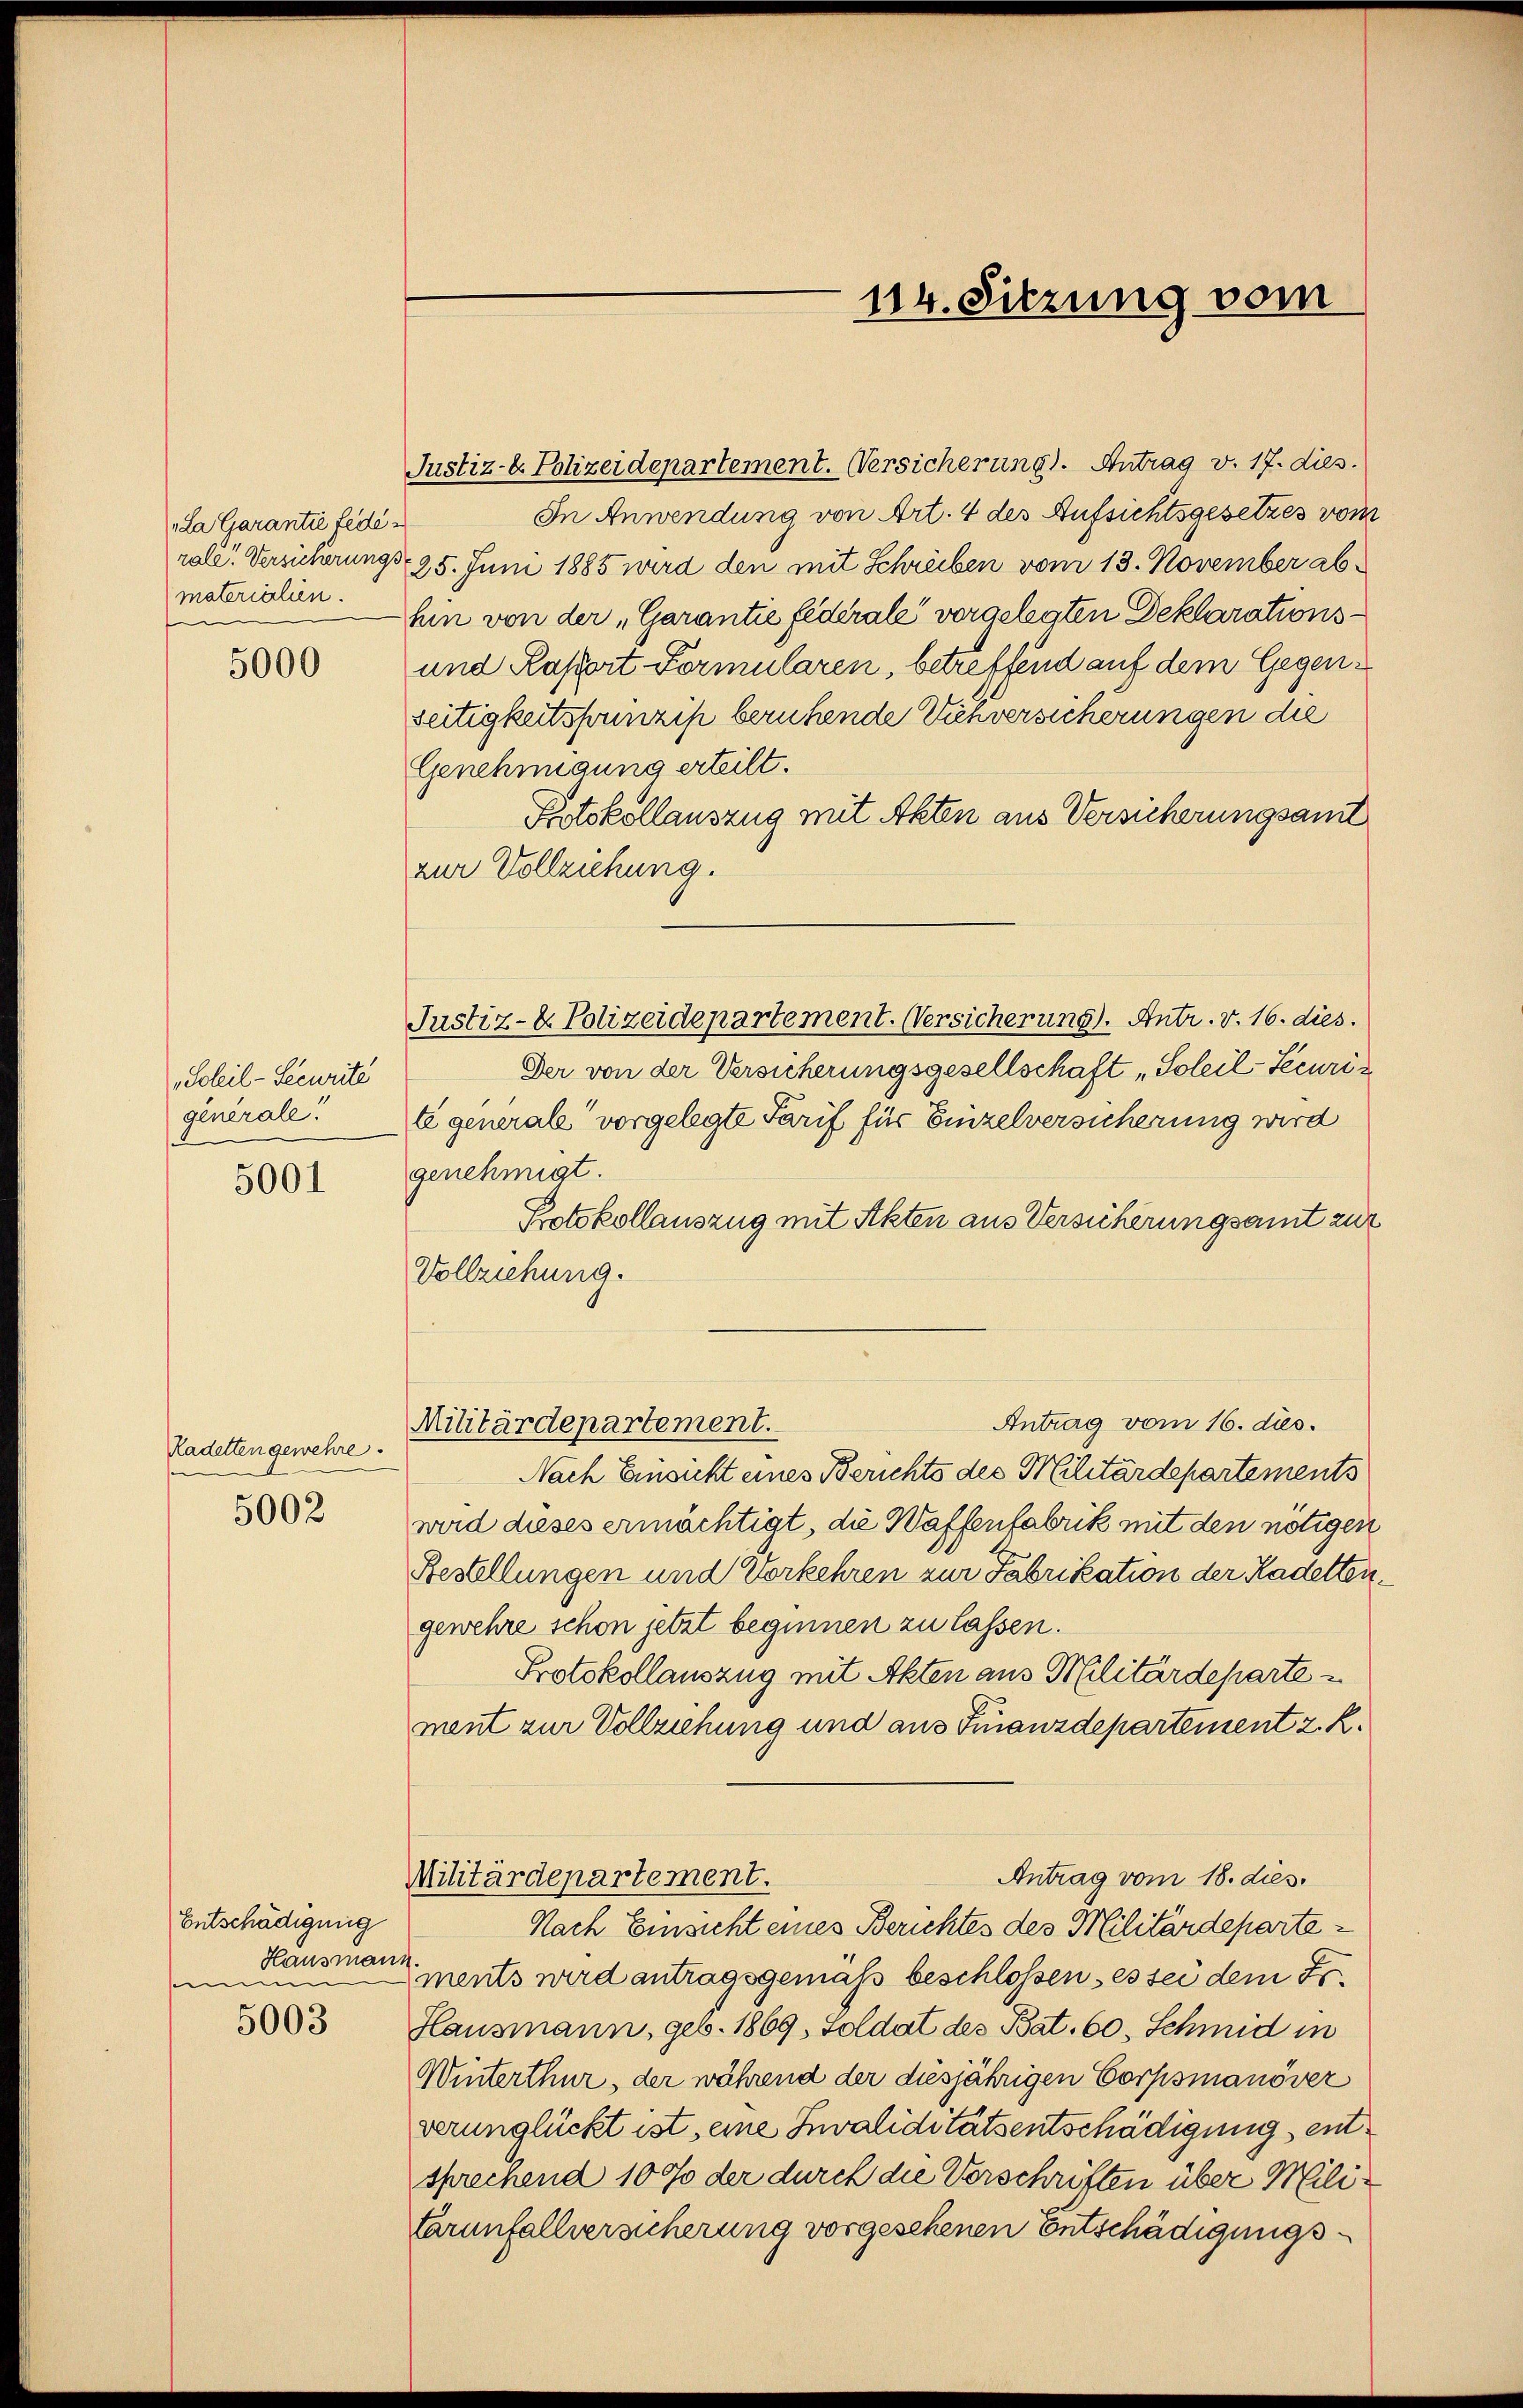
„La Garantie fede e
materialien.

5000

„Soleil-Securité
generale.
5001

Kadetten gewehre.
5002

Entschädigung
Hausmann.
am

5003

Justiz- & Polizeidepartement. Versicherung. Antrag v. 17. dies.

In Anwendung von Art. 4 des Aufsichtsgesetzes vom
rale. Versicherungs 25. Juni 1885 wird den mit Schreiben vom 13. November abhin von der „Garantie federale vorgelegten Deklarations¬
und Rapport Formularen, betreffend auf dem Gegenseitigkeitsprinzip beruhende Viehversicherungen die
Genehmigung erteilt.
Protokollauszug mit Akten aus Versicherungsamt
zur Vollziehung.
Justiz- & Polizeidepartement. Versicherung. Antr. v. 16. dies.
Der von der Versicherungsgesellschaft „Soleil-Securite generale vorgelegte Tarif für Einzelversicherung wird
genehmigt.
Protokollauszug mit Akten aus Versicherungsamt zur
Vollziehung.
Antrag vom 16. dies.
Militärdepartement.
Nach Einsicht eines Berichts des Militärdepartements
wird dieses ermächtigt, die Waffenfabrik mit den nötigen
Bestellungen und Vorkehren zur Fabrikation der Kadettengewehre schon jetzt beginnen zu lassen.
Protokollauszug mit Akten aus Militärdeparte
ment zur Vollziehung und aus Finanzdepartement z. R.
Antrag vom 18. dies.
Militärdepartement.
Nach Einsicht eines Berichtes des Militärdepartements wird antragsgemäß beschlossen es sei dem Fr.
Hausmann, geb. 1869, Soldat des Bat. 60, Schmid in
Winterthur, der während der diesjährigen Corpismanöver
verunglückt ist, eine Invaliditätsentschädigung entsprechend 10% der durch die Verschriften über Militarunfallversicherung vorgesehenen Entschädigungs¬

114. Sitzung vom